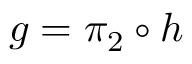
g = \pi _ { 2 } \circ h